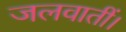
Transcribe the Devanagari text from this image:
जलवातीं।